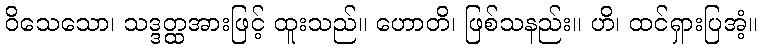
ဝိသေသော၊ သဒ္ဒတ္ထအားဖြင့် ထူးသည်။ ဟောတိ၊ ဖြစ်သနည်း။ ဟိ၊ ထင်ရှားပြအံ့။